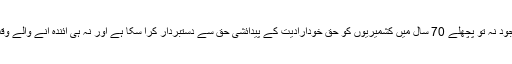
انہوں نے کہا کہ بھارت کو یہ سمجھ لینا چاہئے کہ وہ اپنے تمام حربوں کے باوجود نہ تو پچھلے 70 سال میں کشمیریوں کو حق خودارادیت کے پیدائشی حق سے دستبردار کرا سکا ہے اور نہ ہی آئندہ آنے والے وقت میں وہ اس حق کے حصول میں کشمیریوں کے اس عزم میں کمی لا سکے گا۔